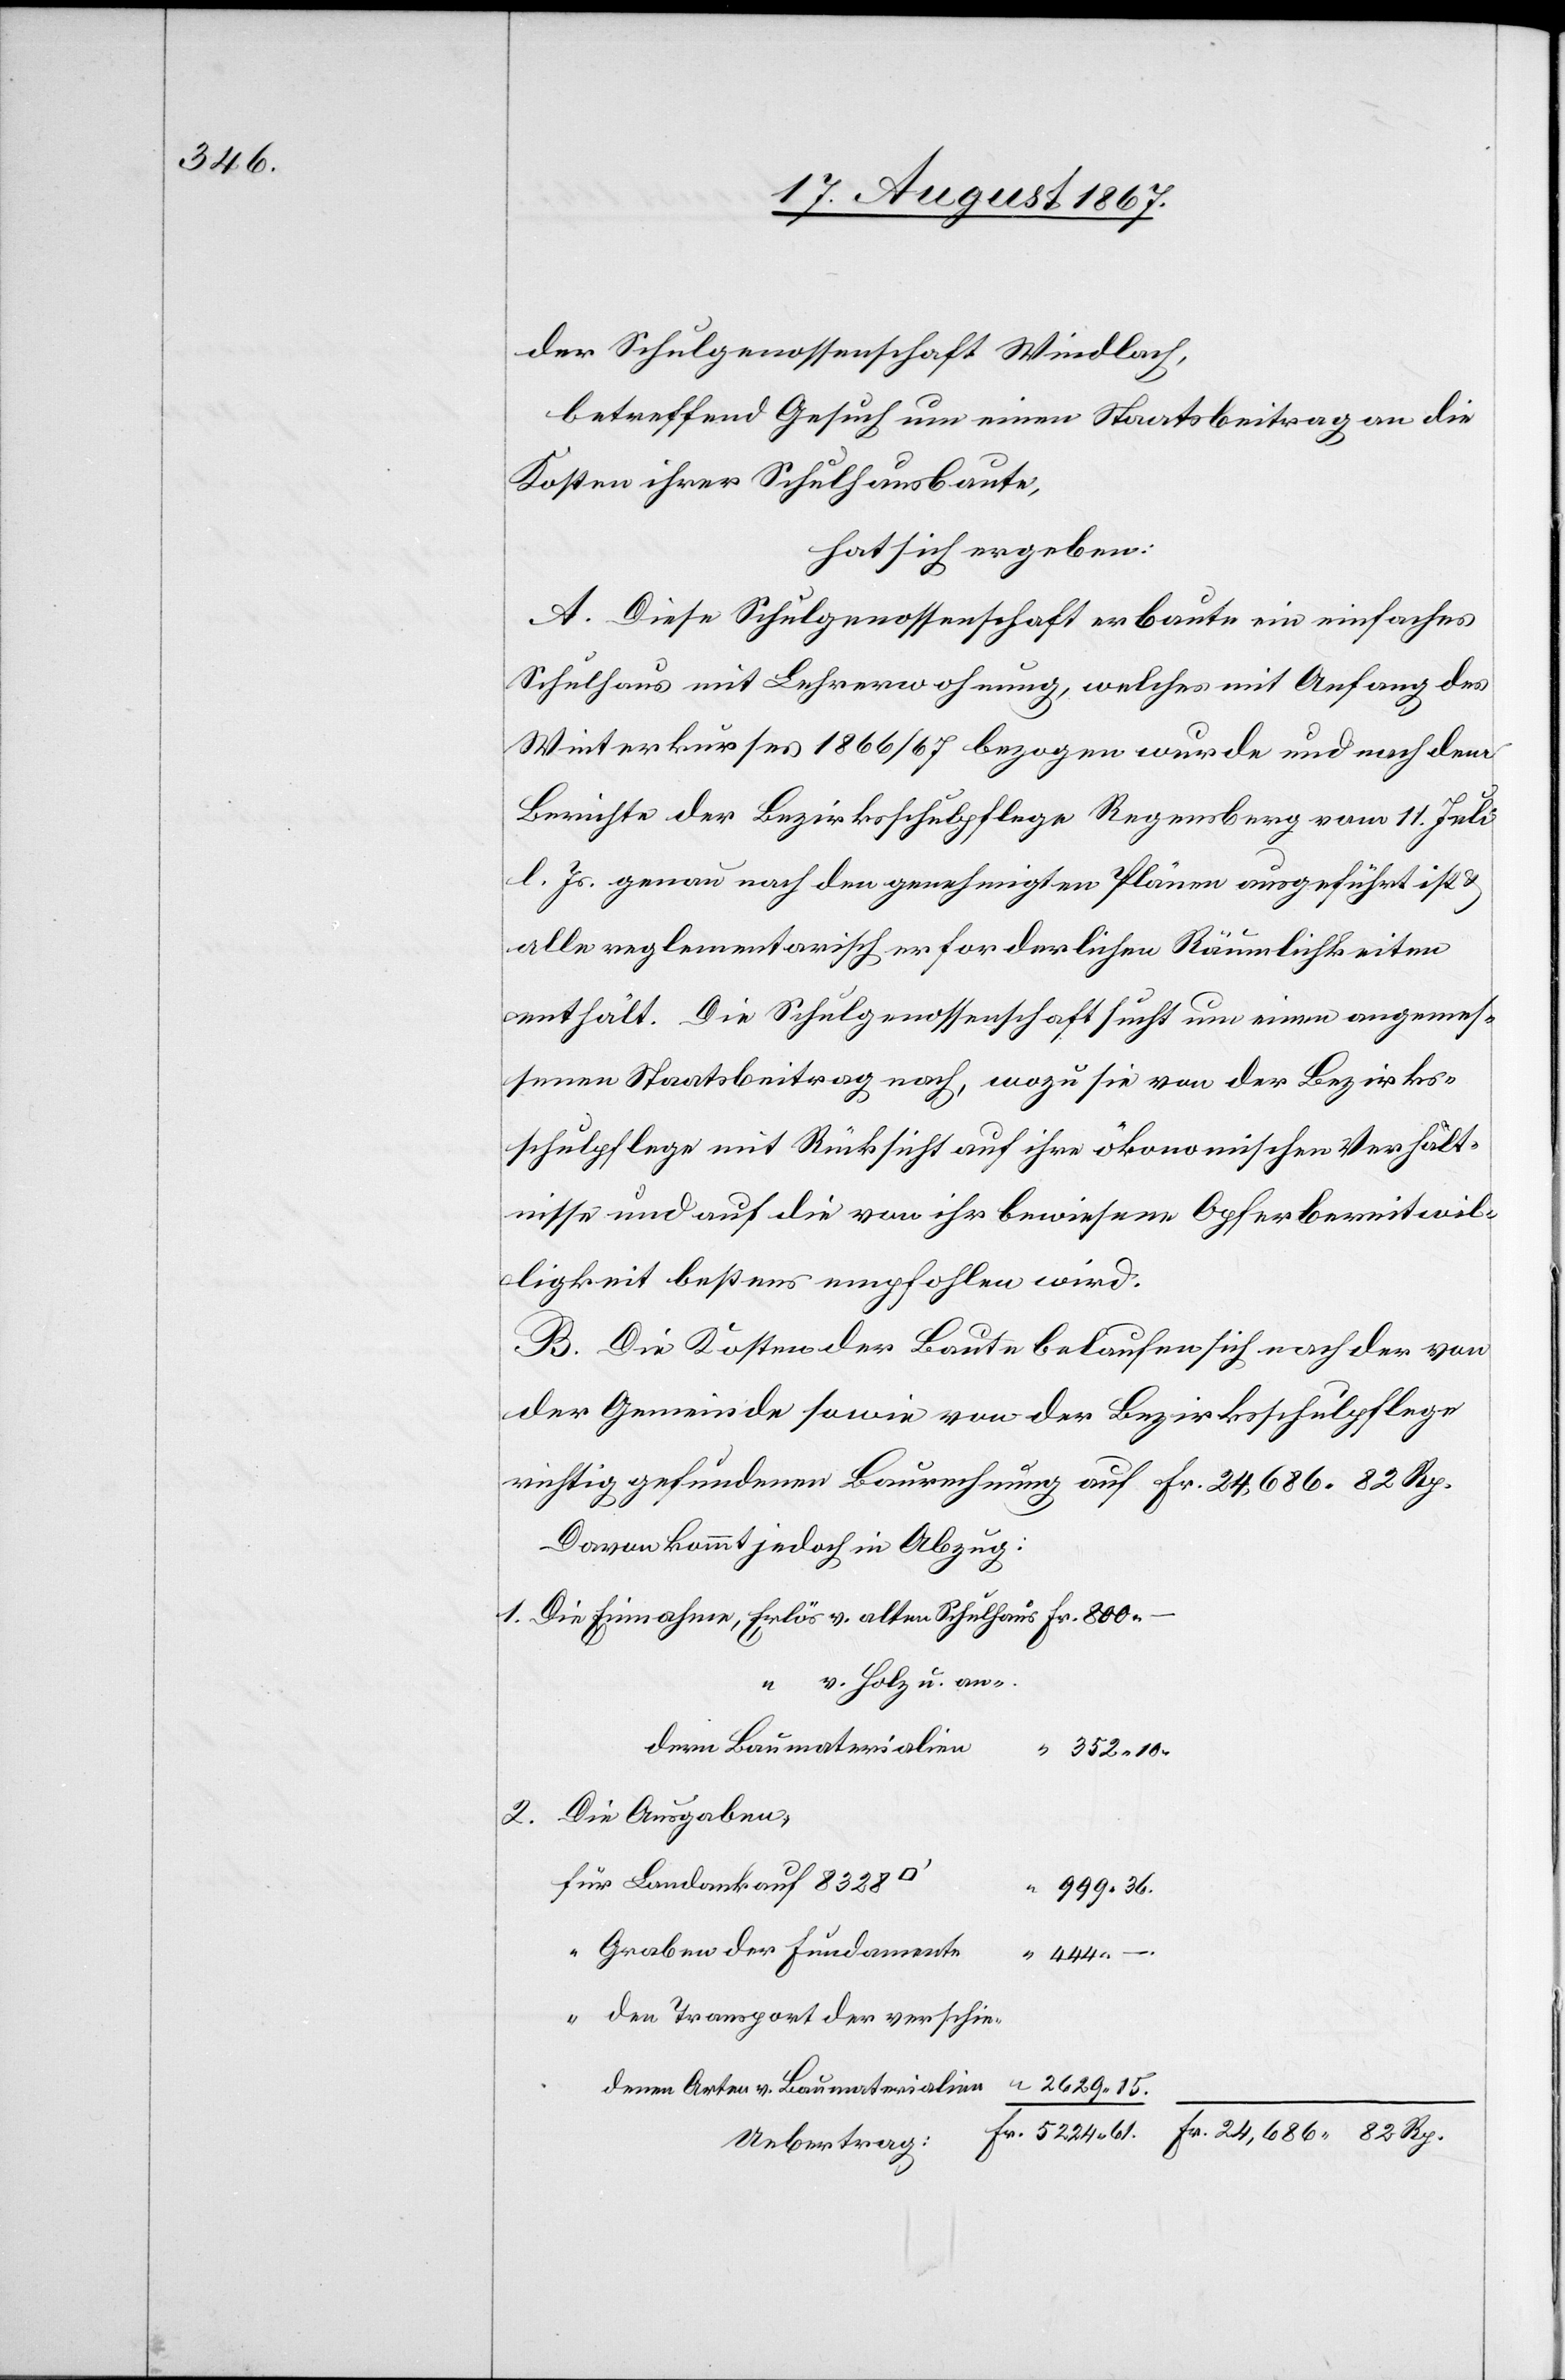
24 686.

der Schulgenossenschaft Windlach,
betreffend Gesuch um einen Staatsbeitrag an die
Kosten ihrer Schulhausbaute,
hat sich ergeben:
A. Diese Schulgenossenschaft erbaute ein einfaches
Schulhaus mit Lehrerwohnung, welche mit Anfang des
Winterkurses 1866/67 bezogen wurde und nach dem
Berichte der Bezirksschulpflege Regensberg vom 11. Juli
l. Js. genau nach den genehmigten Plänen ausgeführt ist
alle reglementarisch erforderlichen Räumlichkeiten
enthält. Die Schulgenossenschaft sucht um einen angemes¬
senen Staatsbeitrag nach, wozu sie von der Bezirks¬
schulpflege mit Rücksicht auf ihre ökonomischen Verhält¬
nisse und auf die von ihr bewiesene Opferbereitwil¬
ligkeit bestens empfohlen wird.
B. Die Kosten der Baute belaufen sich nach der von
der Gemeinde sowie von der Bezirksschulpflege
richtig gefundenen Baurechnung auf Fr. 24 686.82 Rp.
Davon kommt jedoch in Abzug:
1. Die Einnahme, Erlös v. alten Schulhaus
s] v. Holz u. an¬
dern Baumaterialien
2. Die Ausgaben
für Landankauf 8338
999.
82.
Graben der Fundamente
den Transport der verschie¬
denen Arten v. Baumaterialien
Uebertrag: